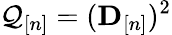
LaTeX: \mathcal{Q}_{[n]}=({\mathbf{D}}_{[n]})^{2}